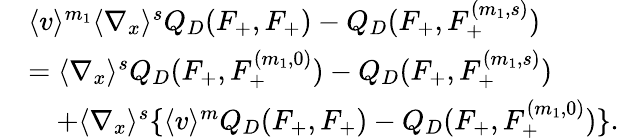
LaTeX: \begin{array}{rl}&{\langle v\rangle^{m_{1}}\langle\nabla_{x}\rangle^{s}Q_{D}(F_{+},F_{+})-Q_{D}(F_{+},F_{+}^{(m_{1},s)})}\\ &{=\langle\nabla_{x}\rangle^{s}Q_{D}(F_{+},F_{+}^{(m_{1},0)})-Q_{D}(F_{+},F_{+}^{(m_{1},s)})}\\ &{\quad+\langle\nabla_{x}\rangle^{s}\{ \langle v\rangle^{m}Q_{D}(F_{+},F_{+})-Q_{D}(F_{+},F_{+}^{(m_{1},0)})\} .}\end{array}